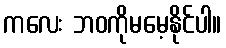
ကလေး ဘဝကိုမမေ့နိုင်ပါ။